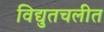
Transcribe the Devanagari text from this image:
विद्युतचलीत